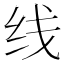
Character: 线